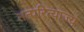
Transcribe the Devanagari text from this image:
तत्परित्याज्यं